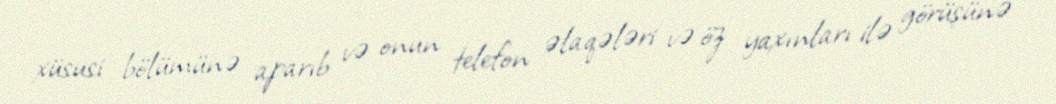
xüsusi bölümünə aparıb və onun telefon əlaqələri və öz yaxınları ilə görüşünə